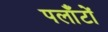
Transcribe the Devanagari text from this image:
पलाँटों